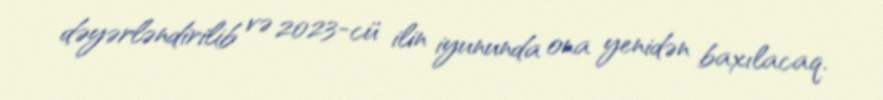
dəyərləndirilib və 2023-cü ilin iyununda ona yenidən baxılacaq.